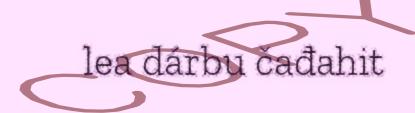
lea dárbu čađahit